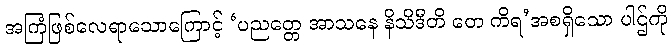
အကြံဖြစ်လေရာသောကြောင့် ‘ပညတ္တေ အာသနေ နိသိဒီတိ တေ ကိရ’အစရှိသော ပါဌ်ကို